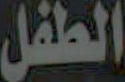
الطفل